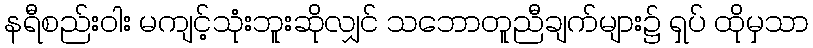
နရီစည်းဝါး မကျင့်သုံးဘူးဆိုလျှင် သဘောတူညီချက်များ၌ ရှပ် ထိုမှသာ